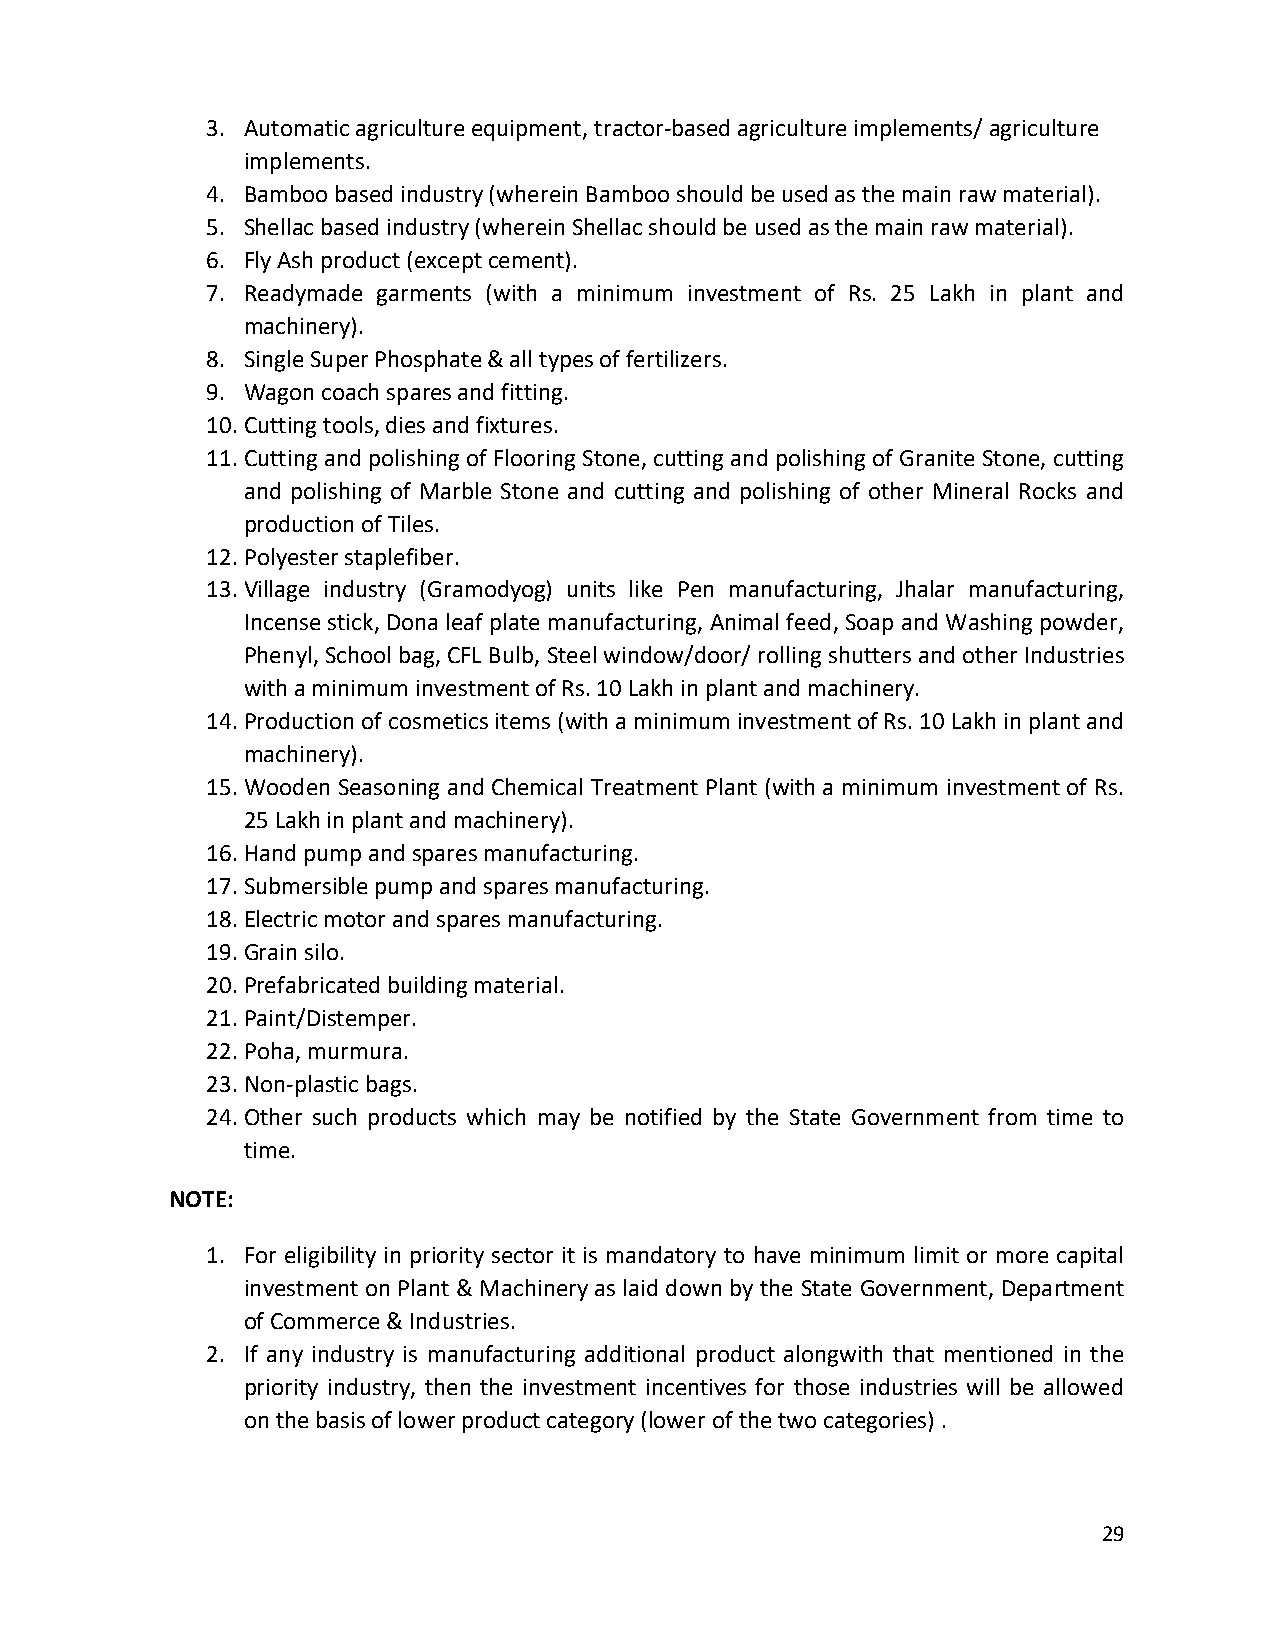
3. Automatic agriculture equipment, tractor-based agriculture implements/ agriculture
 implements.
 4. Bamboo based industry (wherein Bamboo should be used as the main raw material).
 5. Shellac based industry (wherein Shellac should be used as the main raw material).
 6. Fly Ash product (except cement).
 7. Readymade garments (with a minimum investment of Rs. 25 Lakh in plant and
 machinery).
 8. Single Super Phosphate & all types of fertilizers.
 9. Wagon coach spares and fitting.
 10. Cutting tools, dies and fixtures.
 11. Cutting and polishing of Flooring Stone, cutting and polishing of Granite Stone, cutting
 and polishing of Marble Stone and cutting and polishing of other Mineral Rocks and
 production of Tiles.
 12. Polyester staplefiber.
 13. Village industry (Gramodyog) units like Pen manufacturing, Jhalar manufacturing,
 Incense stick, Dona leaf plate manufacturing, Animal feed, Soap and Washing powder,
 Phenyl, School bag, CFL Bulb, Steel window/door/ rolling shutters and other Industries
 with a minimum investment of Rs. 10 Lakh in plant and machinery.
 14. Production of cosmetics items (with a minimum investment of Rs. 10 Lakh in plant and
 machinery).
 15. Wooden Seasoning and Chemical Treatment Plant (with a minimum investment of Rs.
 25 Lakh in plant and machinery).
 16. Hand pump and spares manufacturing.
 17. Submersible pump and spares manufacturing.
 18. Electric motor and spares manufacturing.
 19. Grain silo.
 20. Prefabricated building material.
 21. Paint/Distemper.
 22. Poha, murmura.
 23. Non-plastic bags.
 24. Other such products which may be notified by the State Government from time to
 time.
 NOTE:
 1. For eligibility in priority sector it is mandatory to have minimum limit or more capital
 investment on Plant & Machinery as laid down by the State Government, Department
 of Commerce & Industries.
 2. If any industry is manufacturing additional product alongwith that mentioned in the
 priority industry, then the investment incentives for those industries will be allowed
 on the basis of lower product category (lower of the two categories) .
 29